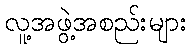
လူ့အဖွဲ့အစည်းများ